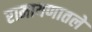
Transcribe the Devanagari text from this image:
रामायणातले